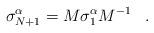
LaTeX: \begin{align*}\sigma^{\alpha}_{N+1}=M\sigma^{\alpha}_{1}M^{-1}\;\;\;.\end{align*}